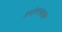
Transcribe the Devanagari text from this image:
प्रयोगस्वरूप